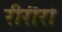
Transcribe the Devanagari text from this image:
रीरीरो